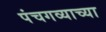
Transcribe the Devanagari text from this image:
पंचगव्याच्या